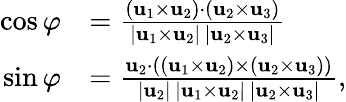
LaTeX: {\begin{array}{rl}{\cos\varphi}&{={\frac{(\mathbf{u}_{1}\times\mathbf{u}_{2})\cdot(\mathbf{u}_{2}\times\mathbf{u}_{3})}{|\mathbf{u}_{1}\times\mathbf{u}_{2}|\, |\mathbf{u}_{2}\times\mathbf{u}_{3}|}}}\\ {\sin\varphi}&{={\frac{\mathbf{u}_{2}\cdot((\mathbf{u}_{1}\times\mathbf{u}_{2})\times(\mathbf{u}_{2}\times\mathbf{u}_{3}))}{|\mathbf{u}_{2}|\, |\mathbf{u}_{1}\times\mathbf{u}_{2}|\, |\mathbf{u}_{2}\times\mathbf{u}_{3}|}},}\end{array}}